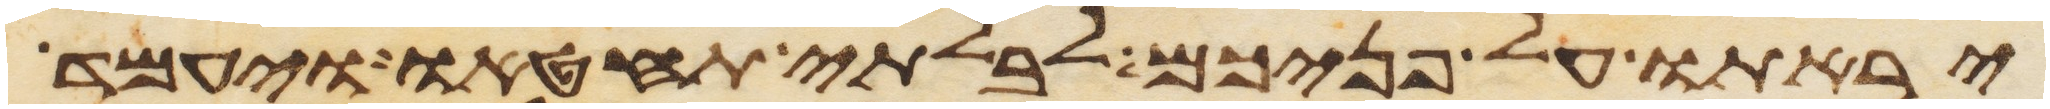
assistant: יראתו על פניכם לבלתי תחטאו ויעמד